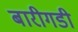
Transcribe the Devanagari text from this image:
बारीगडी